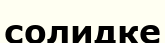
солидке